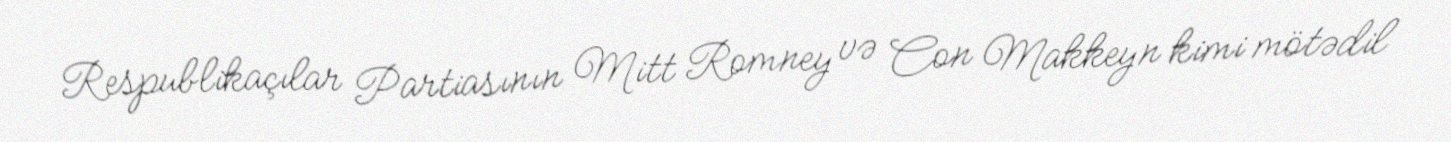
Respublikaçılar Partiasının Mitt Romney və Con Makkeyn kimi mötədil